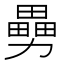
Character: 𠢿